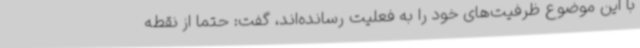
با این موضوع ظرفیت‌های خود را به فعلیت رسانده‌اند، گفت: حتما از نقطه